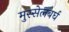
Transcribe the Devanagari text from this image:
मुस्सेलबर्घ